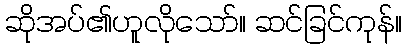
ဆိုအပ်၏ဟူလိုသော်။ ဆင်ခြင်ကုန်။